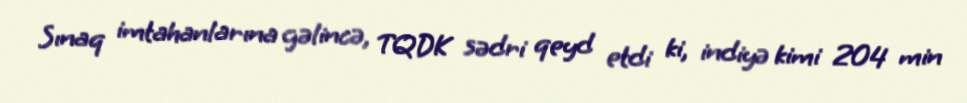
Sınaq imtahanlarına gəlincə, TQDK sədri qeyd etdi ki, indiyə kimi 204 min